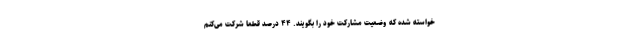
خواسته شده که وضعیت مشارکت خود را بگویند. ۴۴ درصد قطعاً شرکت می‌کنم